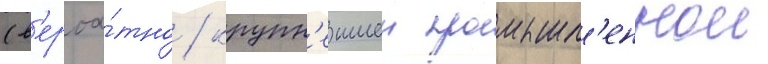
(в'ероа́тно / крупн'еишеи промышл'еннои